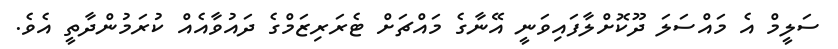
ސަލީމް އެ މައްސަލަ ދޫކޮށްލާފައިވަނީ އޭނާގެ މައްޗަށް ޓެރަރިޒަމްގެ ދައުވާއެއް ކުރަމުންދާތީ އެވެ.